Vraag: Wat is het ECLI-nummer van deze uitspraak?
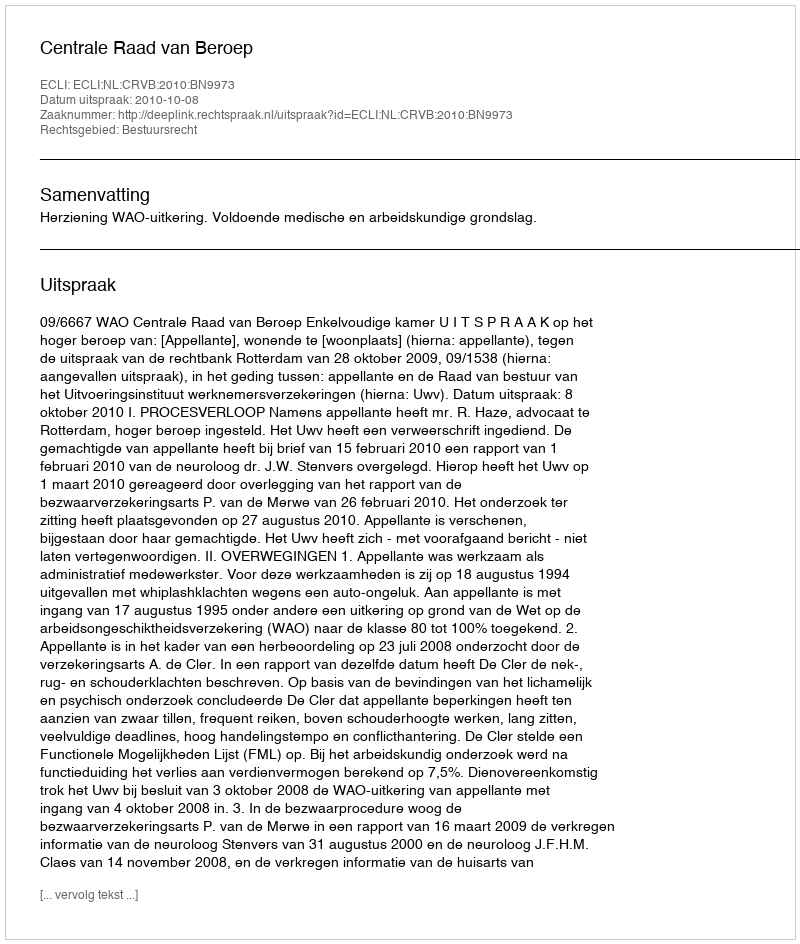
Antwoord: ECLI:NL:CRVB:2010:BN9973